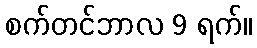
စက်တင်ဘာလ 9 ရက်။